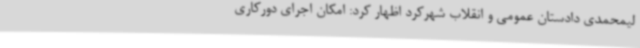
لیمحمدی دادستان عمومی و انقلاب شهرکرد اظهار کرد: امکان اجرای دورکاری